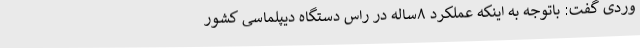
وردی گفت: باتوجه به اینکه عملکرد ۸ساله در راس دستگاه دیپلماسی کشور